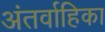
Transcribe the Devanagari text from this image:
अंतर्वाहिका